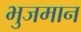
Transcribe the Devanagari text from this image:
भुजमान